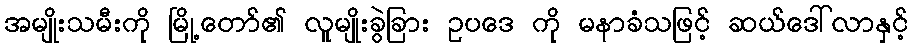
အမျိုးသမီးကို မြို့တော်၏ လူမျိုးခွဲခြား ဥပဒေ ကို မနာခံသဖြင့် ဆယ်ဒေါ်လာနှင့်